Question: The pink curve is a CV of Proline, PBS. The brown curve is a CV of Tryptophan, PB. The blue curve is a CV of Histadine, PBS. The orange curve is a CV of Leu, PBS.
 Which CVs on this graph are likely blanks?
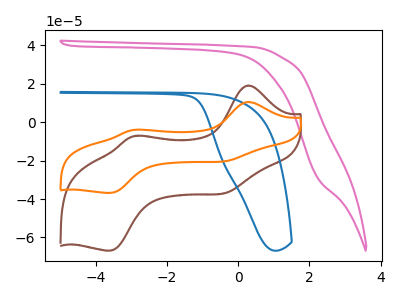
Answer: <think>The pink curve "Proline, PBS" has no peaks. The brown curve "Tryptophan, PB" has anodic peaks at (0.30V, 19.15uA) (-2.85V, -7.05uA) and cathodic peaks at (-0.25V, -36.40uA) (-3.60V, -66.80uA). The blue curve "Histadine, PBS" has no peaks. The orange curve "Leu, PBS" has anodic peaks at (0.30V, 10.55uA) (-2.85V, -3.85uA) and cathodic peaks at (-0.25V, -20.00uA) (-3.60V, -36.75uA).</think>
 <answer>"Proline, PBS" and "Histadine, PBS" are likely to be blanks.</answer>
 <eval>"Proline, PBS", "Histadine, PBS"</eval>